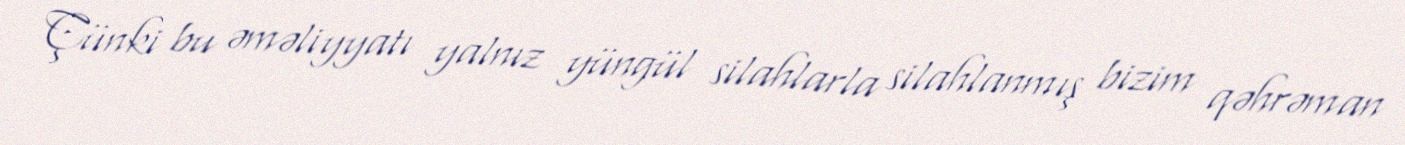
Çünki bu əməliyyatı yalnız yüngül silahlarla silahlanmış bizim qəhrəman